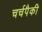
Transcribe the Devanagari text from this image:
चर्चपैकी